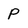
Character: p